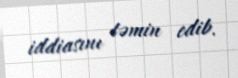
iddiasını təmin edib.